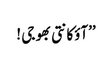
’’آؤکانتی بھوجی !